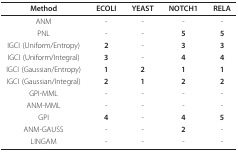
<table><thead><tr><td><b>Method</b></td><td><b>ECOLI</b></td><td><b>YEAST</b></td><td><b>NOTCH1</b></td><td><b>RELA</b></td></tr></thead><tbody><tr><td>ANM</td><td>-</td><td>-</td><td>-</td><td>-</td></tr><tr><td>PNL</td><td>-</td><td>-</td><td><b>5</b></td><td><b>5</b></td></tr><tr><td>IGCI (Uniform/Entropy)</td><td><b>2</b></td><td>-</td><td><b>3</b></td><td><b>3</b></td></tr><tr><td>IGCI (Uniform/Integral)</td><td><b>3</b></td><td>-</td><td><b>4</b></td><td><b>4</b></td></tr><tr><td>IGCI (Gaussian/Entropy)</td><td><b>1</b></td><td><b>2</b></td><td><b>1</b></td><td><b>1</b></td></tr><tr><td>IGCI (Gaussian/Integral)</td><td><b>2</b></td><td><b>1</b></td><td><b>2</b></td><td><b>2</b></td></tr><tr><td>GPI-MML</td><td>-</td><td>-</td><td>-</td><td>-</td></tr><tr><td>ANM-MML</td><td>-</td><td>-</td><td>-</td><td>-</td></tr><tr><td>GPI</td><td><b>4</b></td><td>-</td><td><b>4</b></td><td><b>5</b></td></tr><tr><td>ANM-GAUSS</td><td>-</td><td>-</td><td><b>2</b></td><td>-</td></tr><tr><td>LINGAM</td><td>-</td><td>-</td><td>-</td><td>-</td></tr></tbody></table>